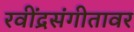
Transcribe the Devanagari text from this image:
रवींद्रसंगीतावर